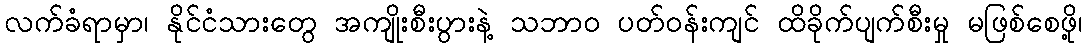
လက်ခံရာမှာ၊ နိုင်ငံသားတွေ အကျိုးစီးပွားနဲ့ သဘာ၀ ပတ်ဝန်းကျင် ထိခိုက်ပျက်စီးမှု မဖြစ်စေဖို့၊